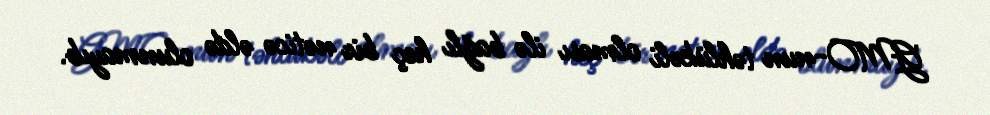
GMO-nun təhlükəli olması ilə bağlı heç bir nəticə əldə olunmayıb.